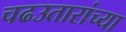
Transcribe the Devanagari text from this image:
चढउतारांच्या